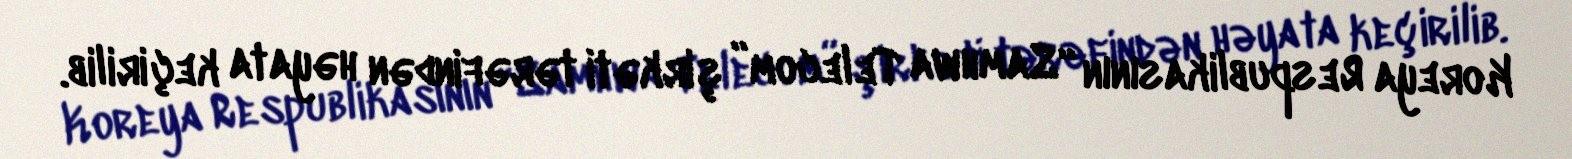
Koreya Respublikasının “Samhwa Telecom” şirkəti tərəfindən həyata keçirilib.